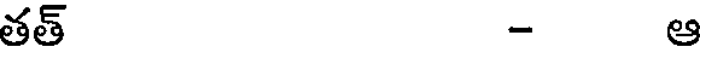
తత్ - ఆ